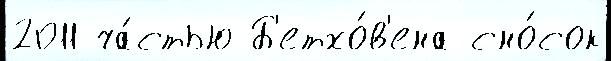
2011 ча́стью Б'етхо́в'ена сно́сок